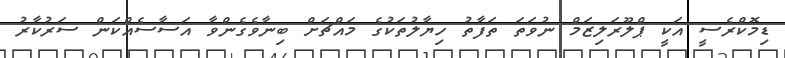
ޑިމޮކްރެސީ އަކީ ޕްލޫރަލިޒަމް ނުވަތަ ތަފާތު ހިޔާލުތަކުގެ މައްޗަށް ބިނާވެގެންވާ އަސާސެއްކަން ސަރުކާރު